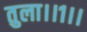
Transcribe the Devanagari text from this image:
तुला।।१।।